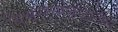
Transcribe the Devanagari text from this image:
विश्वस्तमंडळातील